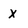
Character: x